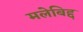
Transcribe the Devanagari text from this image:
मलेबिद्द